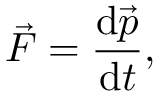
{ \vec { F } } = { \frac { \mathrm { d } { \vec { p } } } { \mathrm { d } t } } ,